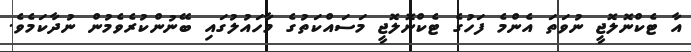
އާ ޓެކްނޮލޮޖީ ނުވަތަ އެންމެ ފަހުގެ ޓެކްނޮލޮޖީ މަސައްކަތުގެ މާހައުލުގައި ބޭނުންކުރެވެމުން ނުދާކަމެވެ.